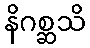
နိဂစ္ဆသိ